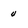
Character: u